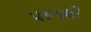
૫૪૧થી